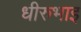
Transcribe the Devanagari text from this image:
धीरुभाइ